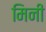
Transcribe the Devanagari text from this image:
मिनी